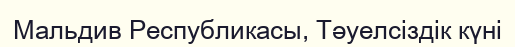
Мальдив Республикасы, Тәуелсіздік күні